Cholera in southern India
Disease focus: Cholera
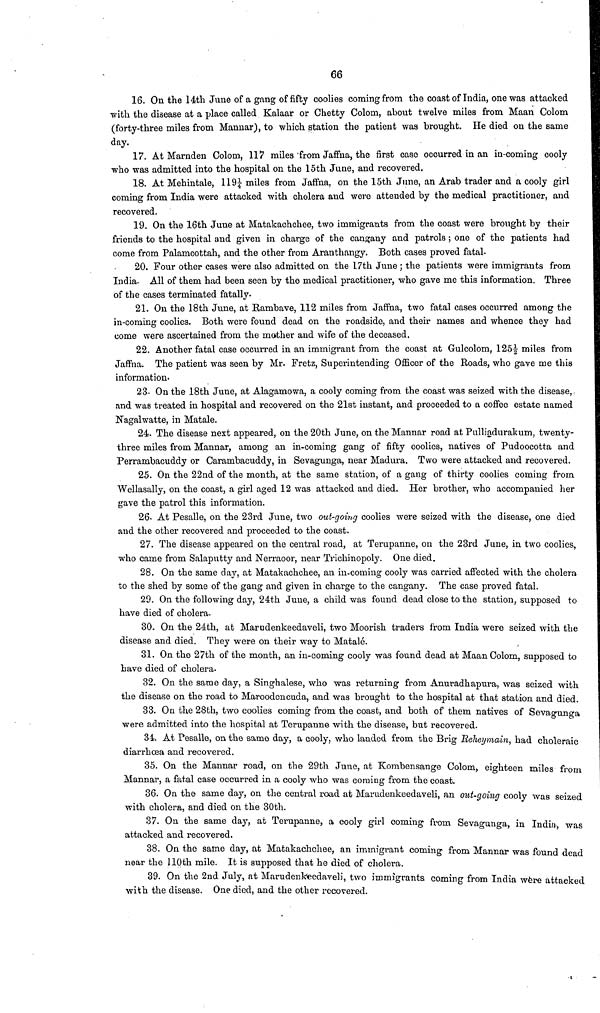
66
16. On the 14th June of a gang of fifty coolies coming from the coast of India, one was attacked
with the disease at a place called Kalaar or Chetty Colom, about twelve miles from Maan Colom
(forty-three miles from Mannar), to which station the patient was brought. He died on the same
day.
17. At Marnden Colom, 117 miles from Jaffna, the first case occurred m an in-coming cooly
who was admitted into the hospital on the 15th June, and recovered.
18. At Mehintale, 119½ miles from Jaffna, on the 15th June, an Arab trader and a cooly girl
coming from India were attacked with cholera and were attended by the medical practitioner, and
recovered.
19. On the 16th June at Matakachchee, two immigrants from the coast were brought by their
friends to the hospital and given in charge of the cangany and patrols ; one of the patients had
come from Palamcottah, and the other from Aranthangy. Both cases proved fatal.
20. Four other cases were also admitted on the 17th June ; the patients were immigrants from
India. All of them had been seen by the medical practitioner, who gave me this information. Three
of the cases terminated fatally.
21. On the 18th June, at Rambave, 112 miles from Jaffna, two fatal cases occurred among the
in-coming coolies. Both were found dead on the roadside, and their names and whence they had
come were ascertained from the mother and wife of the deceased.
22. Another fatal case occurred in an immigrant from the coast at Gulcolom, 125| miles from
Jaffna. The patient was seen by Mr. Fretz, Superintending Officer of the Roads, who gave me this
information-
23. On the 18th June, at Alagamowa, a cooly coming from the coast was seized with the disease,
and was treated in hospital and recovered on the 21st instant, and proceeded to a coffee estate named
Nagalwatte, in Matale.
24. The disease next appeared, on the 20th June, on the Mannar road at Pulliadurakum, twenty-
three miles from Mannar, among an in-coming gang of fifty coolies, natives of Pudoocotta and
Perrambacuddy or Carambacuddy, in Sevagunga, near Madura. Two were attacked and recovered.
25. On the 22nd of the month, at the same station, of a gang of thirty coolies coming from
Wellasally, on the coast, a girl aged 12 was attacked and died. Her brother, who accompanied her
gave the patrol this information.
26. At Pesalle, on the 23rd June, two out-going coolies were seized with the disease, one died
and the other recovered and proceeded to the coast.
27. The disease appeared on the central road, at Terupanne, on the 23rd June, in two coolies,
who came from Salaputty and Nerraoor, near Trichinopoly. One died.
28. On the same day, at Matakachchee, an in-coming cooly was carried affected with the cholera
to the shed by some of the gang and given in charge to the cangany. The case proved fatal.
29. On the following day, 24th June, a child was found dead close to the station, supposed to
have died of cholera.
30. On the 24th, at Marudenkeedaveli, two Moorish traders from India were seized with the
disease and died. They were on their way to Matale.
31. On the 27th of the month, an in-coming cooly was found dead at Maan Colom, supposed to
have died of cholera.
32. On the same day, a Singhalese, who was returning from Anuradhapura, was seized with
the disease on the road to Maroodencuda, and was brought to the hospital at that station and died.
33. On the 28th, two coolies coming from the coast, and both of them natives of Sevagunga
were admitted into the hospital at Terupanne with the disease, but recovered.
34. At Pesalle, on the same day, a cooly, who landed from the Brig Reheymain, had choleraic
diarrhoea and recovered.
35. On the Mannar road, on the 29th June, at Kombensange Colom, eighteen miles from
Mannar, a fatal case occurred in a cooly who was coming from the coast.
36. On the same day, on the central road at Marudenkeedaveli, an out-going cooly was seized
with cholera, and died on the 30th.
37. On the same day, at Terupanne, a cooly girl coming from Sevagunga, in India, was
attacked and recovered.
38. On the same day, at Matakachchee, an immigrant coming from Mannar was found dead
near the 110th mile. It is supposed that he died of cholera.
39. On the 2nd July, at Marudenkeedaveli, two immigrants coming from India were attacked
with the disease. One died, and the other recovered.